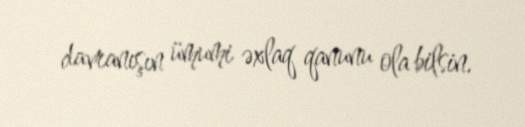
davranışın ümumi əxlaq qanunu ola bilsin.